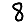
Digit: 8